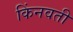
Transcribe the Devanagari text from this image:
किंनवती